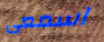
اسمعى